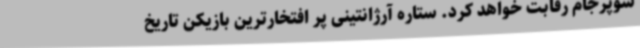
سوپرجام رقابت خواهد کرد. ستاره آرژانتینی پر افتخارترین بازیکن تاریخ